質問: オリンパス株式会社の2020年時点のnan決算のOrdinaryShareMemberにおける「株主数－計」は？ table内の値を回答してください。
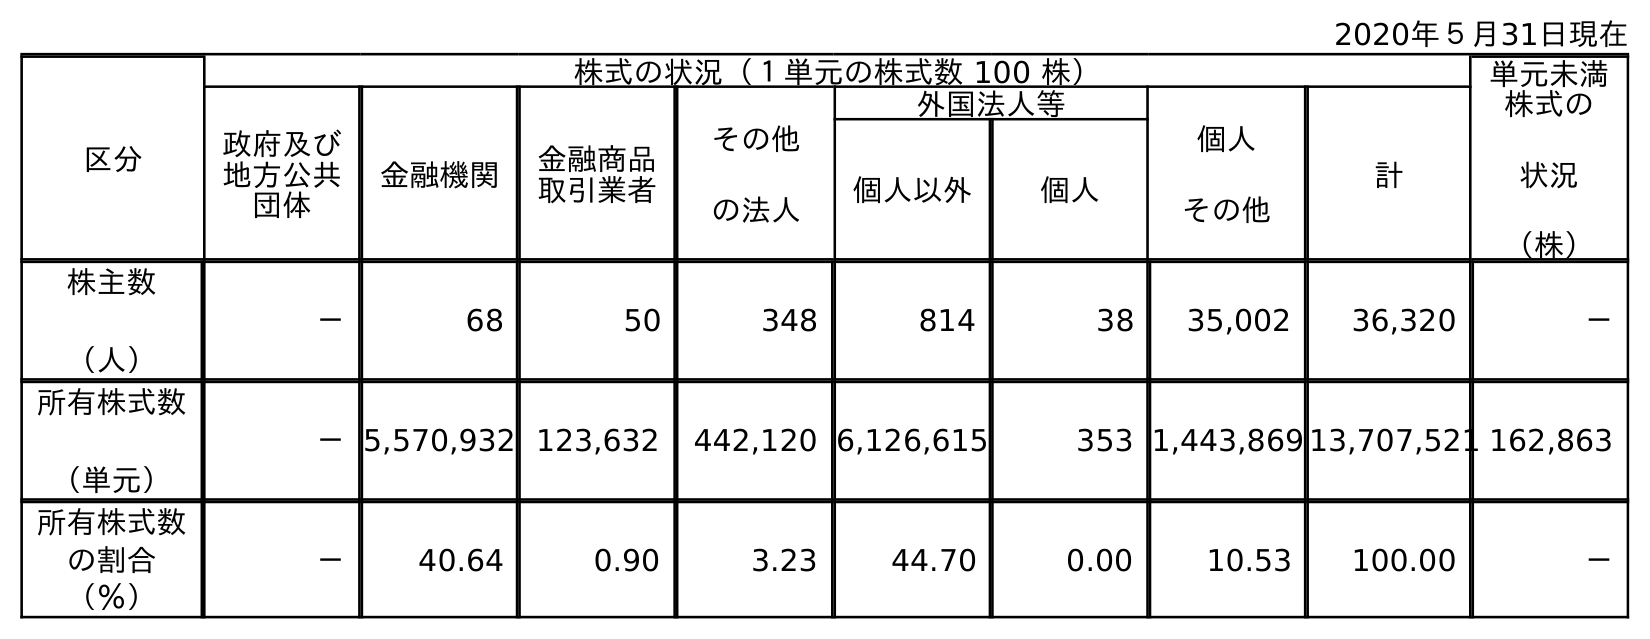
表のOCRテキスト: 2020年５月31日現在 区分 株式の状況（１単元の株式数 100 株） 単元未満 株式の 状況 （株） 政府及び 地方公共 団体 金融機関 金融商品 取引業者 その他 の法人 外国法人等 個人 その他 計 個人以外 個人 株主数 （人） － 68 50 348 814 38 35,002 36,320 － 所有株式数 （単元） －5,570,932 123,632 442,120 6,126,615 353 1,443,869 13,707,521 162,863 所有株式数 の割合 （％） － 40.64 0.90 3.23 44.70 0.00 10.53 100.00 －
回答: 36,320